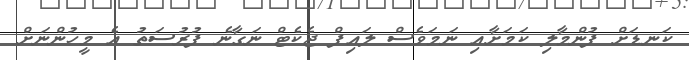
ކަނޑަށް ފުންމާލި ކަމަށާއި ނަމަވެސް ލައިފް ޖެކެޓް ނަގާނެ ފުރުސަތު އެ މީހުންނަށް